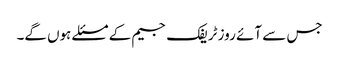
جس سے آئے روز ٹریفک جیم کے مسئلے ہوں گے۔